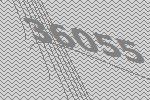
36055